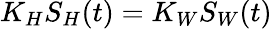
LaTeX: K_{H}S_{H}(t)=K_{W}S_{W}(t)